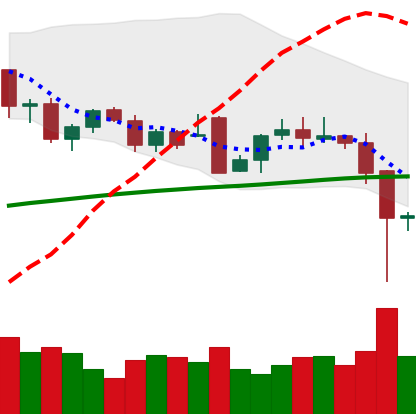
Ticker: BTC-USD
Chart end date: 2021-12-05
Forward return: -4.305%
Label: down_3_5